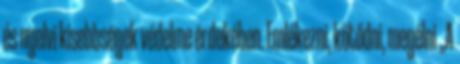
és nyelvi kisebbségek védelme érdekében. Emlékezni, kötődni, megélni „A